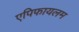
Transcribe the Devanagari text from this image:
एपिफायलम